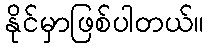
နိုင်မှာဖြစ်ပါတယ်။